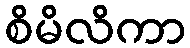
စိမိလိကာ